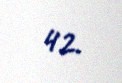
42.